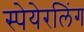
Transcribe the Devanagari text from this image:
स्पेयेरलिंग